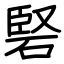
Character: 硻